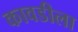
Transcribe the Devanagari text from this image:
कावडीला